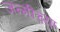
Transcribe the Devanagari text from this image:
जन्मीच्या